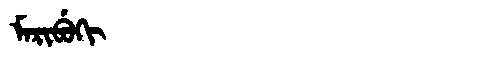
Manchu: ᠮᠠᡵᡳᠪᡠᡴᡳ
Romanization: MARIBUKI